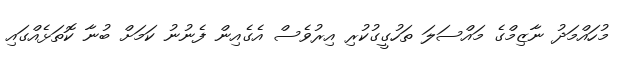
މުހައްމަދު ނާޒިމްގެ މައްސަލަ ތަހުގީގުކުރި އިރުވެސް އެގެއިން ފެނުނު ކަމަށް ބުނާ ކޮތަޅެއްގައި